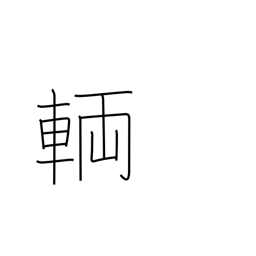
Meaning: numerary adjunct for vehicles